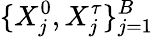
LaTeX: \{ X_{j}^{0},X_{j}^{\tau}\} _{j=1}^{B}